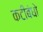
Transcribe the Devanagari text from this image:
कटीबंधो